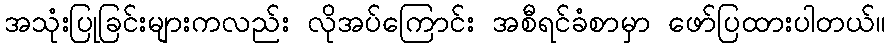
အသုံးပြုခြင်းများကလည်း လိုအပ်ကြောင်း အစီရင်ခံစာမှာ ဖော်ပြထားပါတယ်။